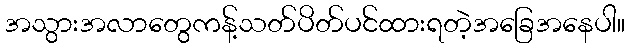
အသွားအလာတွေကန့်သတ်ပိတ်ပင်ထားရတဲ့အခြေအနေပါ။